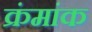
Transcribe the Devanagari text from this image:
क्रंमांक